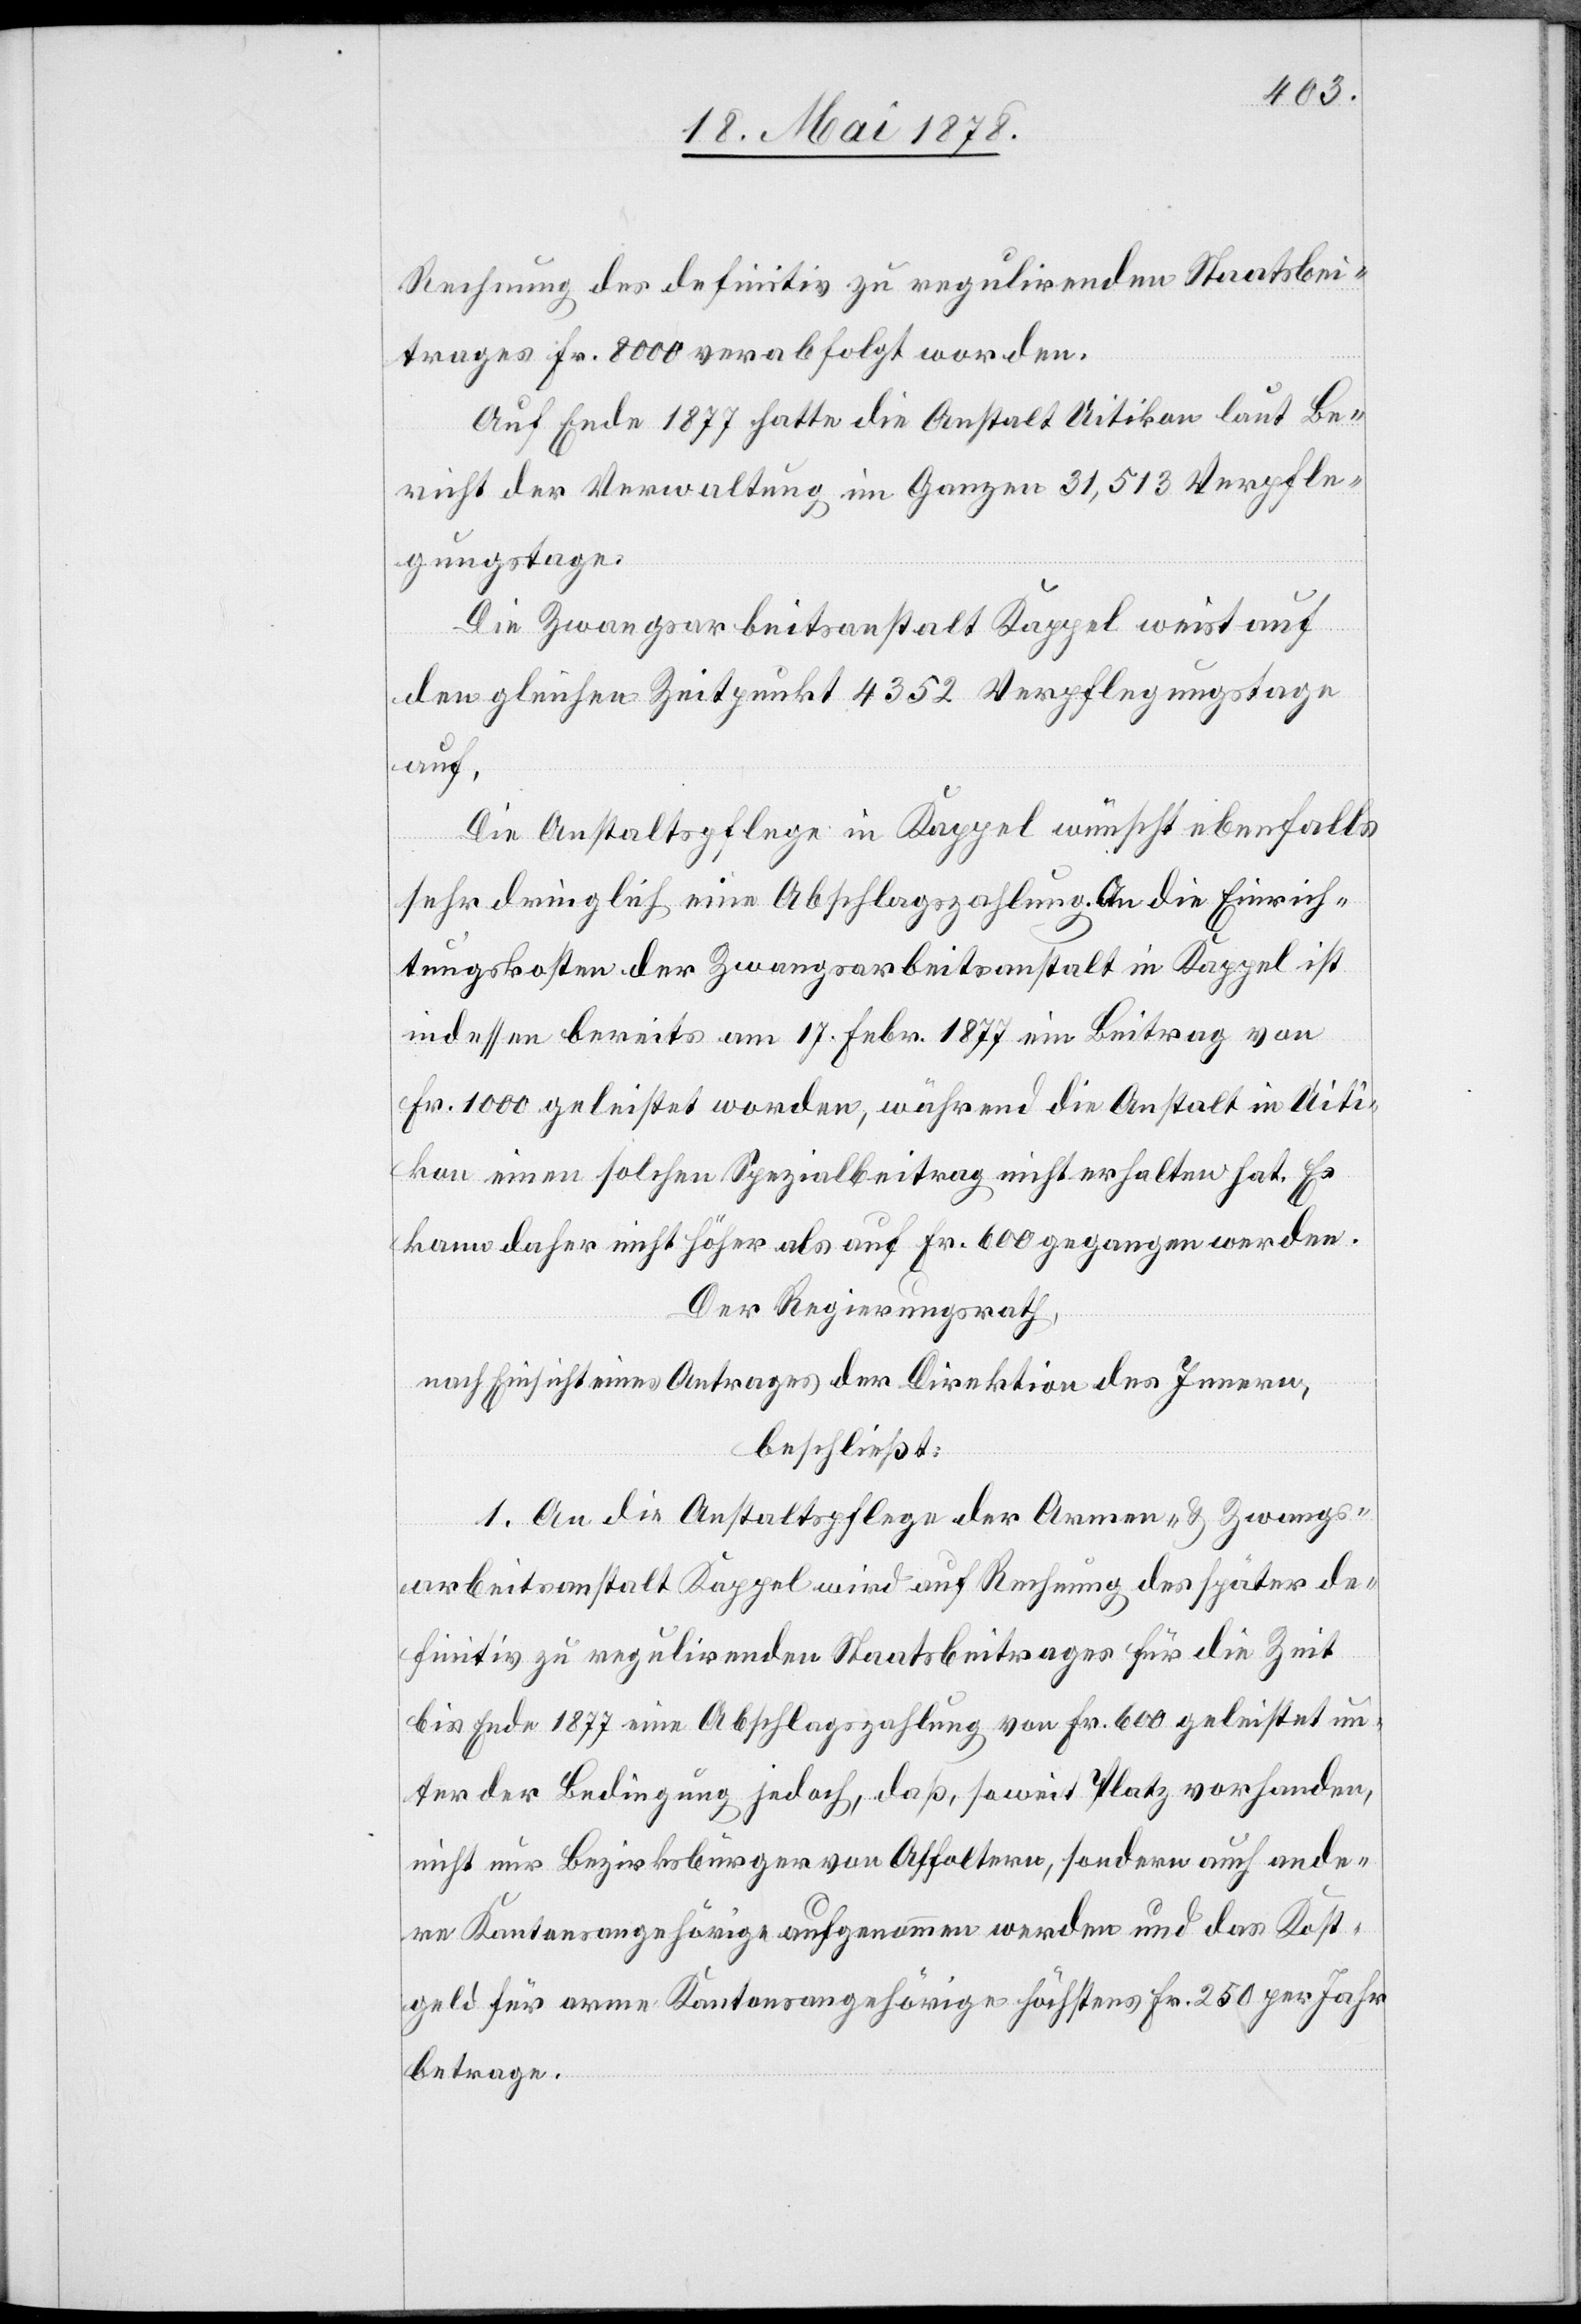
Rechnung des definitiv zu regulirenden Staatsbei¬
trages Fr. 8000 verabfolgt worden.
Auf Ende 1877 hatte die Anstalt Uitikon laut Be¬
richt der Verwaltung im Ganzen 31,513 Verpfle¬
gungstage.
Die Zwangsarbeitsanstalt Kappel weist auf
den gleichen Zeitpunkt 4352 Verpflegungstage
auf.
Die Anstaltspflege in Kappel wünscht ebenfalls
sehr dringlich eine Abschlagszahlung. An die Einrich¬
tungskosten der Zwangsarbeitsanstalt in Kappel ist
indessen bereits am 17. Febr. 1877 ein Beitrag von
Fr. 1000 geleistet worden, während die Anstalt in Uiti¬
kon einen solchen Spezialbeitrag nicht erhalten hat. Es
kann daher nicht höher als auf Fr. 600 gegangen werden.
Der Regierungsrath,
nach Einsicht eines Antrages der Direktion des Innern,
beschließt:
1. An die Anstaltspflege der Armen- & Zwangs¬
arbeitsanstalt Kappel wird auf Rechnung des später de¬
finitiv zu regulirenden Staatsbeitrages für die Zeit
bis Ende 1877 eine Abschlagszahlung von Fr. 600 geleistet un¬
ter der Bedingung jedoch, daß, soweit Platz vorhanden,
nicht nur Bezirksbürger von Affoltern, sondern auch ande¬
re Kantonsangehörige aufgenommen werden und das Kost¬
geld für arme Kantonsangehörige höchstens Fr. 250 per Jahr
betrage.